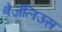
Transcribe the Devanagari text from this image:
बेर्ज़ेलिउस